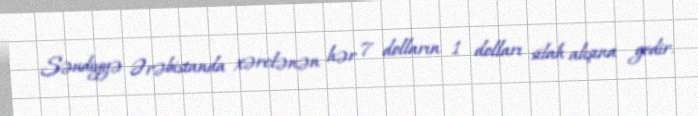
Səudiyyə Ərəbistanda xərclənən hər 7 dolların 1 dolları silah alışına gedir.